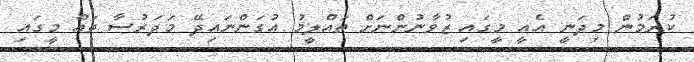
ކުރަމުން މިދަނީ އެއީ މީގައި ޒުވާނުންނަށް ތައްލީމު އުގަންނައިދޭ މަދަރުސާ ތައް މީގައި